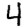
Digit: 4